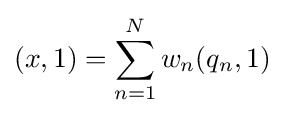
(x,1)=\sum _{n=1}^{N}w_{n}(q_{n},1)